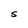
Character: S